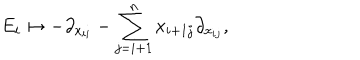
E _ { i } \mapsto - \partial _ { x _ { i i } } - \sum _ { j = i + 1 } ^ { n } x _ { i + 1 j } \partial _ { x _ { i j } } ,